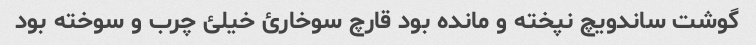
گوشت ساندویچ نپخته و مانده بود قارچ سوخارئ خیلئ چرب و سوخته بود